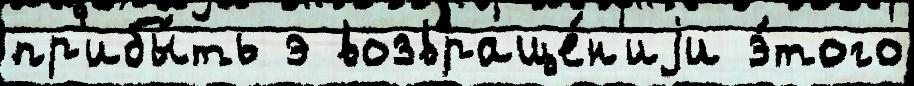
пр'ибы́ть э возвраще́н'иjи э́того